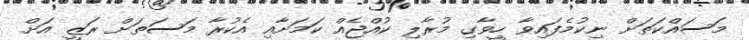
މަސައްކަތަށް ނިކުމެފައިވާ ހީވާގި މުރާލި ކުއްޖެއް ކަމަށާއި އެކުރާ މަސަތަށް ރަޒީ އަށް